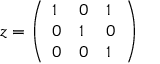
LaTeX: z = { \left( \begin{array} { l l l } { 1 } & { 0 } & { 1 } \\ { 0 } & { 1 } & { 0 } \\ { 0 } & { 0 } & { 1 } \end{array} \right) }